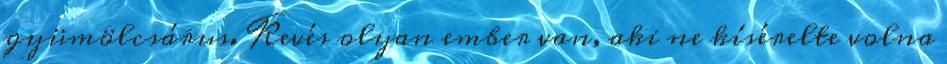
gyümölcsárus. Kevés olyan ember van, aki ne kísérelte volna